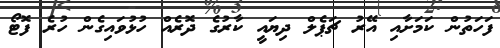
ފަހަތުން ކަމަށާއި އޭރު ޗަޕެލް ދިޔައީ ކާރުގެ ދޮރެއް ހުޅުވައިގެން ހުރެ ފޮޓޯ